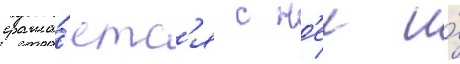
сража́етс'я с н'еи и́